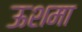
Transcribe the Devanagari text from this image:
ऊशमा